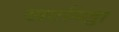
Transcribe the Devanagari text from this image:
खटमिट्ठा